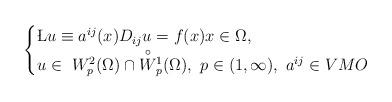
LaTeX: \begin{align*} \begin{cases} \L u \equiv a^{ij}(x)D_{ij} u=f(x) x\in \Omega,\\ u\in\ W^2_p(\Omega)\cap \overset{\circ}{W}{}^1_p(\Omega), \ p\in(1,\infty), \ a^{ij}\in VMO \end{cases}\end{align*}